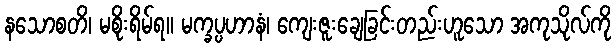
နသောစတိ၊ မစိုးရိမ်ရ။ မက္ခပ္ပဟာနံ၊ ကျေးဇူးချေခြင်းတည်းဟူသော အကုသိုလ်ကို